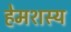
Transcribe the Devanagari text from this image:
हेमशस्य